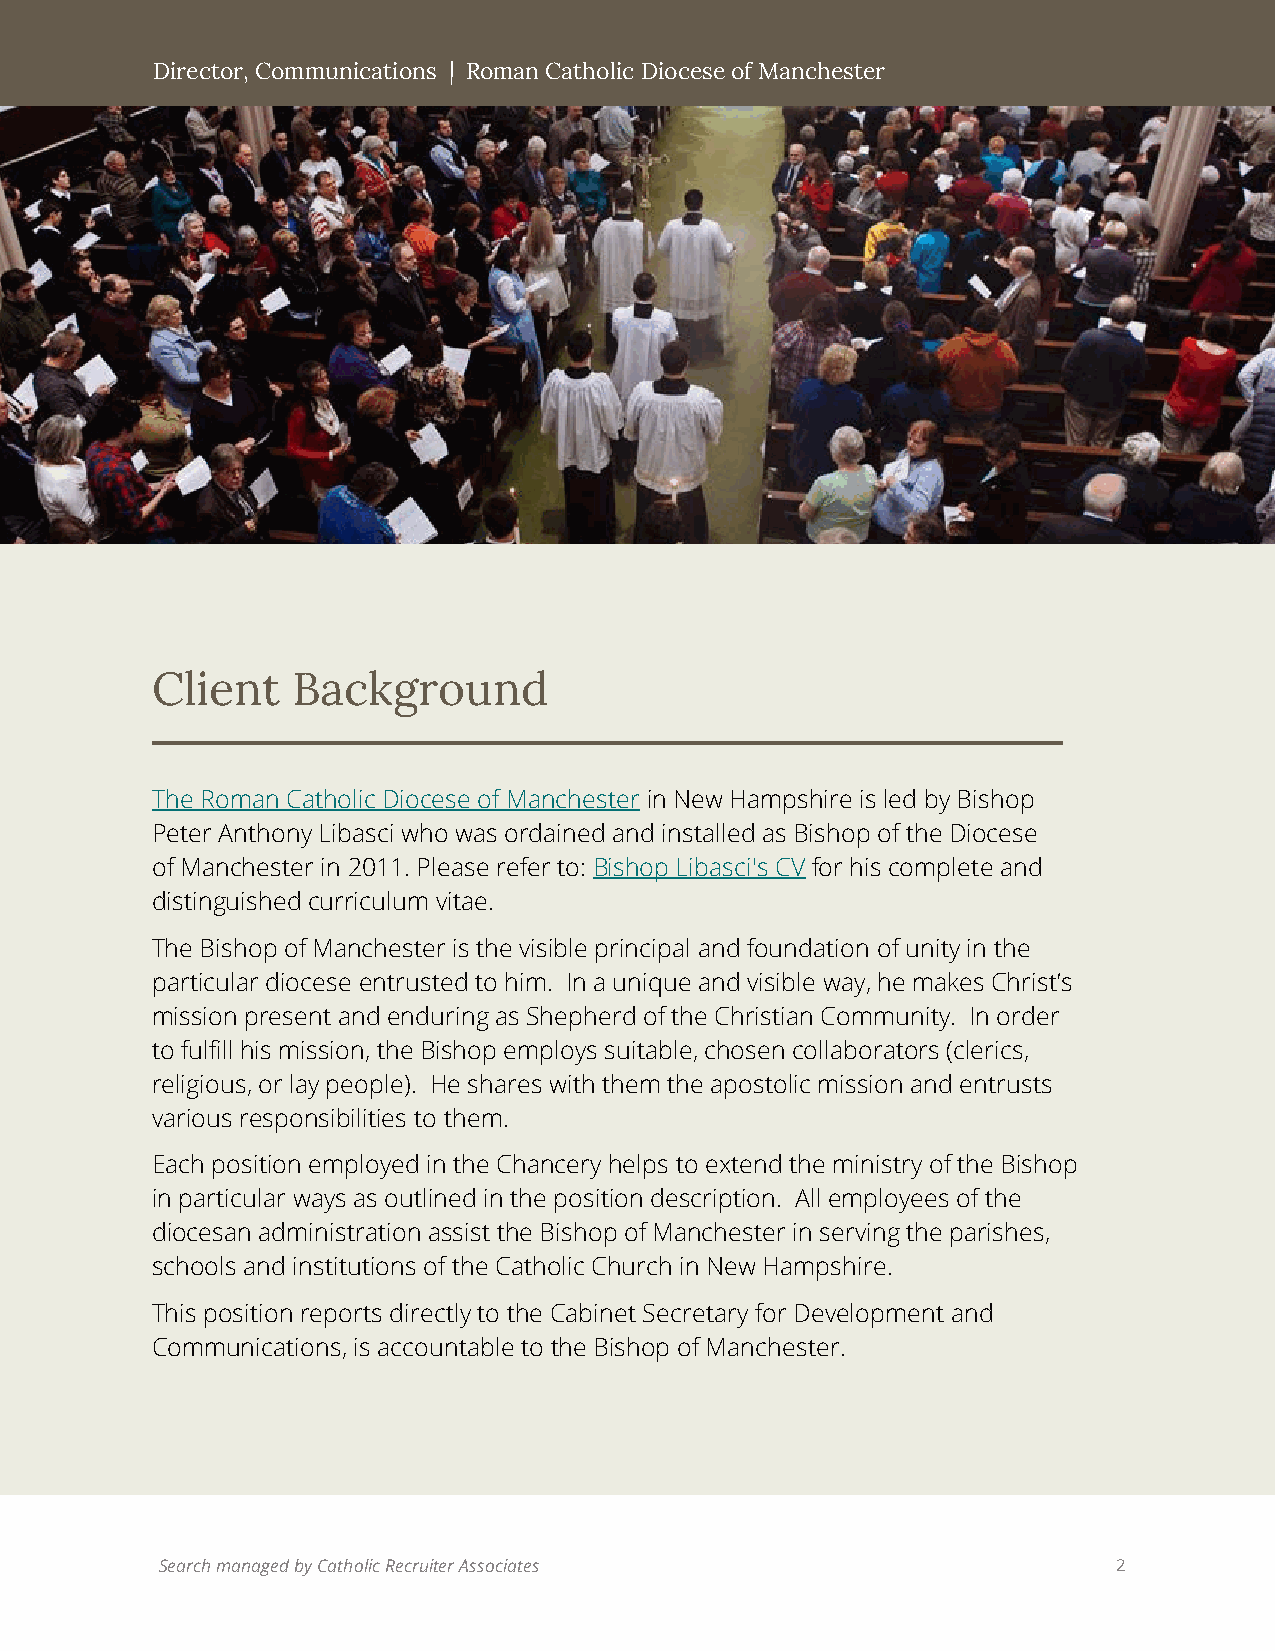
Director, Communications | Roman Catholic Diocese of Manchester
 Client   Background
 The Roman Catholic Diocese of Manchester in New Hampshire is led by Bishop
 Peter Anthony Libasci who was ordained and installed as Bishop of the Diocese
 of Manchester in 2011. Please refer to: Bishop Libasci's CV for his complete and
 distinguished curriculum vitae.
 The Bishop of Manchester is the visible principal and foundation of unity in the
 particular diocese entrusted to him. In a unique and visible way, he makes Christ’s
 mission present and enduring as Shepherd of the Christian Community. In order
 to fulfill his mission, the Bishop employs suitable, chosen collaborators (clerics,
 religious, or lay people). He shares with them the apostolic mission and entrusts
 various responsibilities to them.
 Each position employed in the Chancery helps to extend the ministry of the Bishop
 in particular ways as outlined in the position description. All employees of the
 diocesan administration assist the Bishop of Manchester in serving the parishes,
 schools and institutions of the Catholic Church in New Hampshire.
 This position reports directly to the Cabinet Secretary for Development and
 Communications, is accountable to the Bishop of Manchester.
 Search managed by Catholic Recruiter Associates                2